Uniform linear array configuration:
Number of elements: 4
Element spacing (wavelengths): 0.75
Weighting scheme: hann
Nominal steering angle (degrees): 60
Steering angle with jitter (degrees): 58.953
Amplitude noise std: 0.05
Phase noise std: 0.05

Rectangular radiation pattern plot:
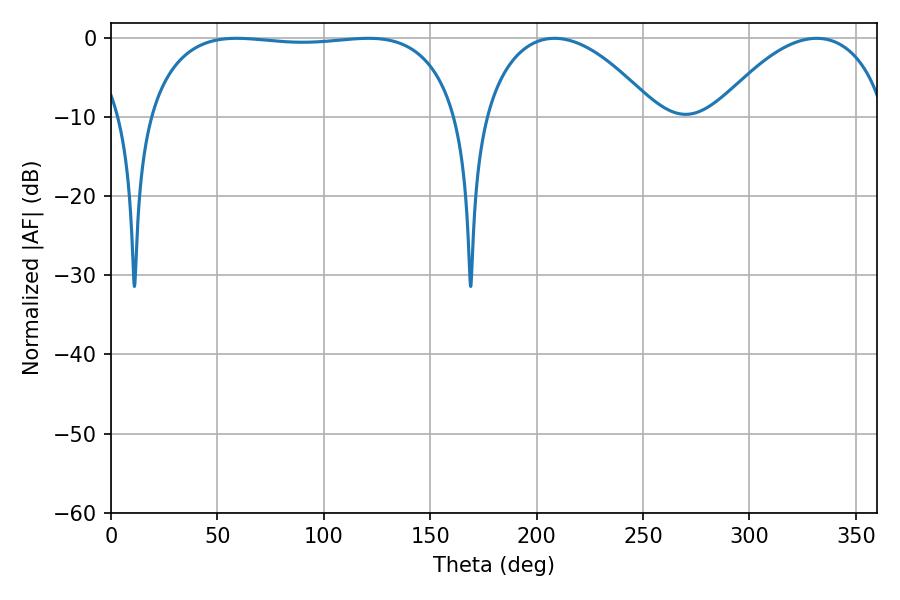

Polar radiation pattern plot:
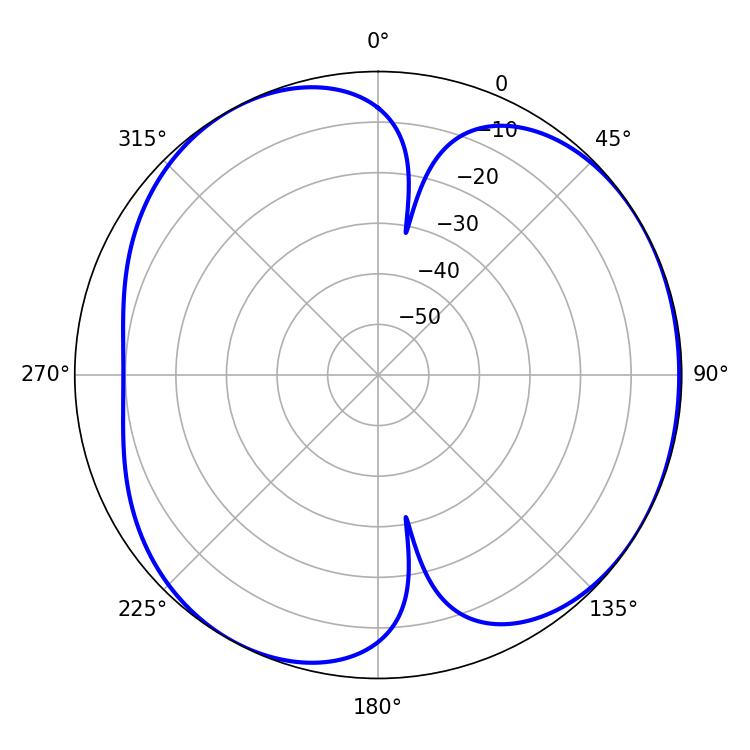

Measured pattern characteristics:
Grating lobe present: TRUE
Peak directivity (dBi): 4.607
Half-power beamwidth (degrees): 116.64
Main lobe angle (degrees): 59.04